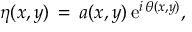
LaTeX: \eta ( x , y ) \, = \, a ( x , y ) \, { \mathrm { e } } ^ { i \, \theta ( x , y ) } ,